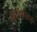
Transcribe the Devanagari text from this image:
सीरियासाठी